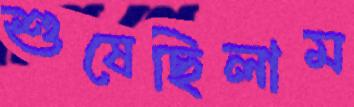
শুষেছিলাম